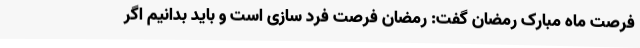
فرصت ماه مبارک رمضان گفت: رمضان فرصت فرد سازی است و باید بدانیم اگر